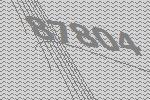
87804